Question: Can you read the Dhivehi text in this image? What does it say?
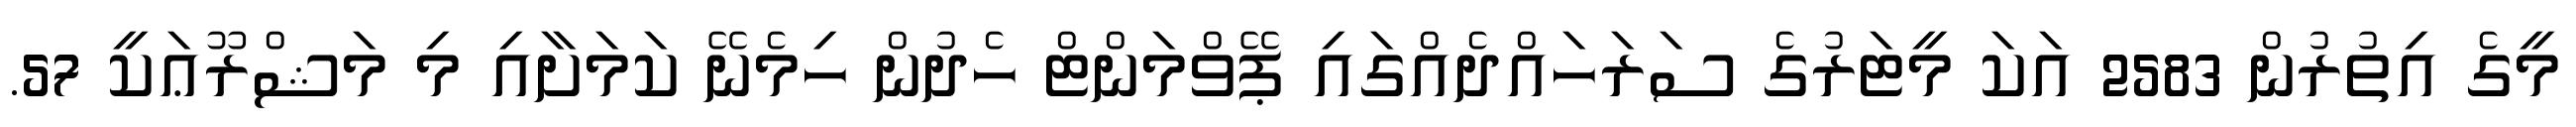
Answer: މީގެ އިތުރުން 2583 އަކަ މީޓަރުގެ ސަރަހައްދެއްގައި ޕޭވްމަންޓް ހެދުން ހިމެނޭ ކަމަށާއި މި މަޝްރޫޢަކީ 57.